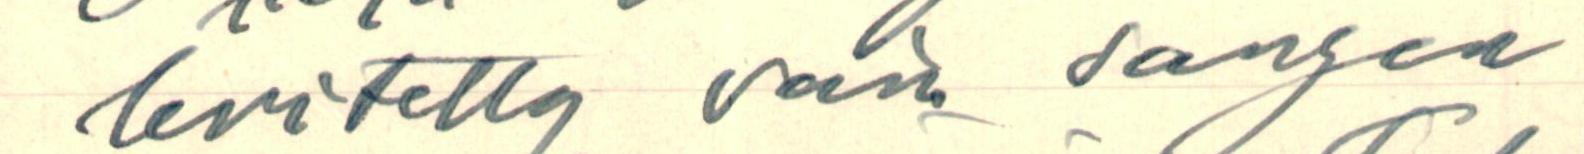
levitetty vain sangen